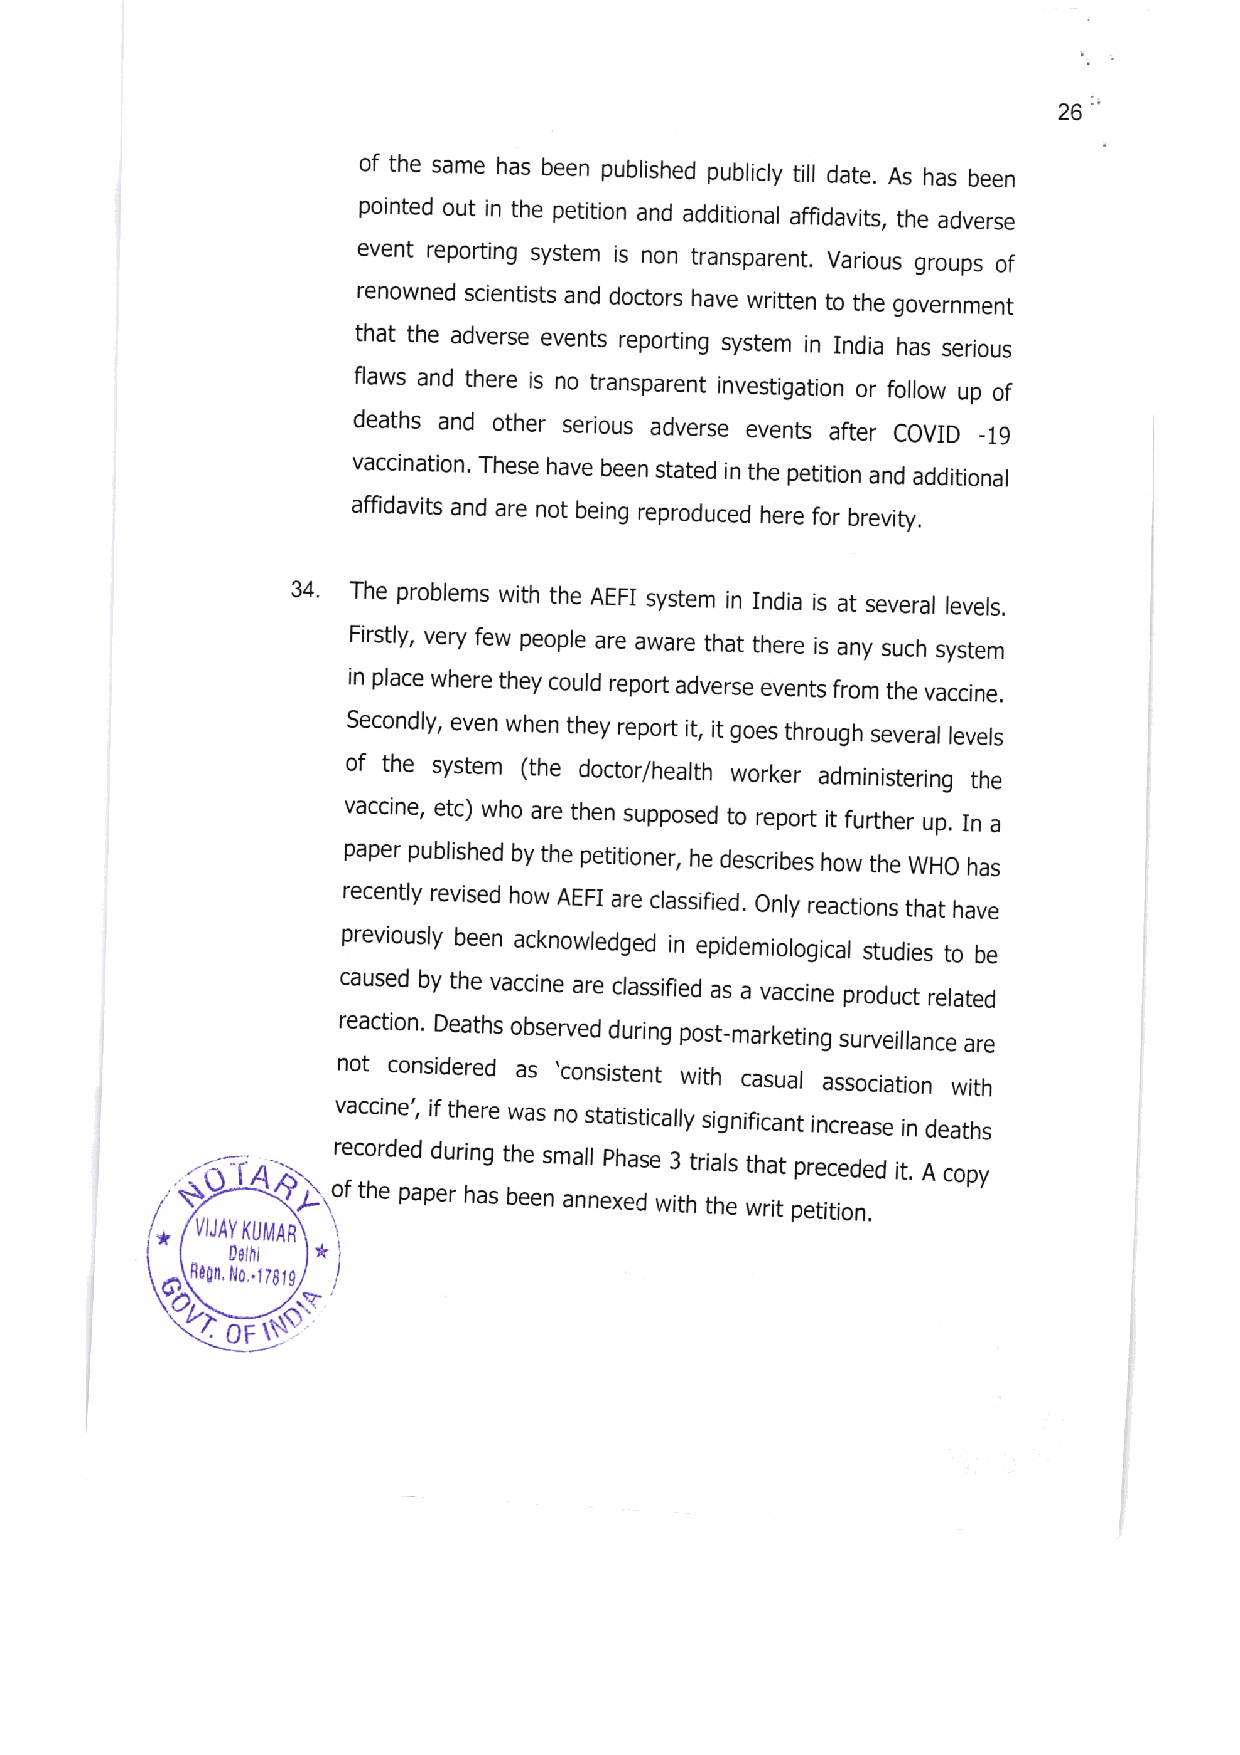
26'
 of the same has been published publicly till date. As has been
 pointed out in the petition and additional affidavits, the adverse
 event reporting system is non transparent. Various groups of
 renowned scientists and doctors have written to the government
 that the adverse events reporting system in India has serious
 flaws and there is no transparent invesUgation or follow up of
 deaths and other serious adverse events after COVID _19
 vaccination. These have been stated in the petition and additional
 affidavits and are not being reproduced here for brevity.
 34  The problems with the AEFI system in India is at several levels.
 Firstly, very few peopre are aware that there is any such system
 in place where they courd report adverse events from the vaccine.
 Secondly, even when they report it, it goes through several levels
 of the system (the doctor/health worker administering the
 vaccine, etc) who are then supposed to report it further up. In a
 paper published by the petitioner, he describes how the wHO has
 recently revised how AEFI are classified. Only reactions that have
 previously been acknowledged in epidemiological studies to be
 caused by the vaccine are classifled as a vaccine product related
 reaction. Deaths observed during post-marketing
 surveillance are
 not considered as .consistent
 with casual association
 with
 vaccine', if there was no statistically significant increase in deaths
 I     recorded during the small phase 3 trials that preceded it. A copy
 rcf the paper has been annexed with the writ petition.
 *  VIJ A}/ KUMAR
 0drhi  I
 Ro0fl l,Jo,.t Ig , 9 I
 0
 F